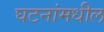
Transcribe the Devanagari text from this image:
घटनांमधील